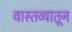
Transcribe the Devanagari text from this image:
वास्तव्यातून